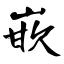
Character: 嵌